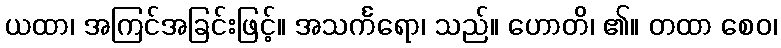
ယထာ၊ အကြင်အခြင်းဖြင့်။ အသင်္ကရော၊ သည်။ ဟောတိ၊ ၏။ တထာ စေဝ၊